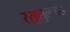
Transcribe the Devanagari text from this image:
रसूलुल्‍लाह